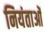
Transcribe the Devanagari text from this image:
नियंताओं